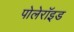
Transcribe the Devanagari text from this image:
पोलेरॉइड